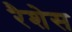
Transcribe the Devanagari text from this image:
रैशेस